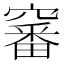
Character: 䆺